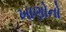
ખાણોનો